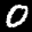
Label: 0